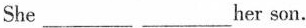
She ___ ___ ___her son.